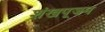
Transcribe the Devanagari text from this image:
शंखपूजन